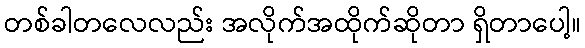
တစ်ခါတလေလည်း အလိုက်အထိုက်ဆိုတာ ရှိတာပေါ့။